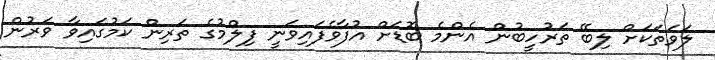
ލަވަތަކަށް ލިބޭ ތަރުހީބުން އެންމެ ބޮޑަށް އުފާވެފައިވަނީ ފިލްމުގެ ތަރިން ކަމުގައިވާ ވަރުން